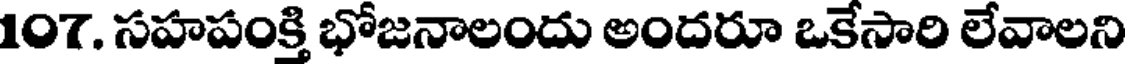
107. సహపంక్తి భోజనాలందు అందరూ ఒకేసారి లేవాలని